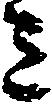
ミ